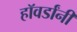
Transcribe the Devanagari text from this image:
हॉवर्डांनी